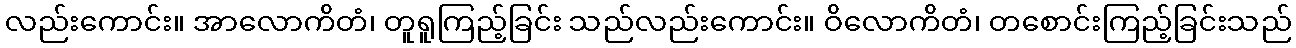
လည်းကောင်း။ အာလောကိတံ၊ တူရူကြည့်ခြင်း သည်လည်းကောင်း။ ဝိလောကိတံ၊ တစောင်းကြည့်ခြင်းသည်